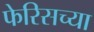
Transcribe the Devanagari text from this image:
फेरिसच्या